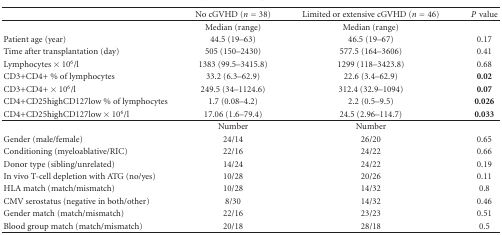
|  | No cGVHD (n = 38) | Limited or extensive cGVHD (n = 46) | Pvalue |
 | --- | --- | --- | --- |
 |  | Median (range) | Median (range) |  |
 | Patient age (year) | 44.5 (19–63) | 46.5 (19–67) | 0.17 |
 | Time after transplantation (day) | 505 (150–2430) | 577.5 (164–3606) | 0.41 |
 | Lymphocytes × 106/l | 1383 (99.5–3415.8) | 1299 (118–3423.8) | 0.68 |
 | CD3+CD4+ % of lymphocytes | 33.2 (6.3–62.9) | 22.6 (3.4–62.9) | 0.02 |
 | CD3+CD4+ × 106/l | 249.5 (34–1124.6) | 312.4 (32.9–1094) | 0.07 |
 | CD4+CD25highCD127low % of lymphocytes | 1.7 (0.08–4.2) | 2.2 (0.5–9.5) | 0.026 |
 | CD4+CD25highCD127low × 106/l | 17.06 (1.6–79.4) | 24.5 (2.96–114.7) | 0.033 |
 |  | Number | Number |  |
 | Gender (male/female) | 24/14 | 26/20 | 0.65 |
 | Conditioning (myeloablative/RIC) | 22/16 | 24/22 | 0.66 |
 | Donor type (sibling/unrelated) | 14/24 | 24/22 | 0.19 |
 | In vivo T-cell depletion with ATG (no/yes) | 10/28 | 20/26 | 0.11 |
 | HLA match (match/mismatch) | 10/28 | 14/32 | 0.8 |
 | CMV serostatus (negative in both/other) | 8/30 | 14/32 | 0.46 |
 | Gender match (match/mismatch) | 22/16 | 23/23 | 0.51 |
 | Blood group match (match/mismatch) | 20/18 | 28/18 | 0.5 |